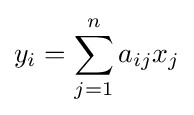
y_{i}=\sum _{j=1}^{n}a_{ij}x_{j}